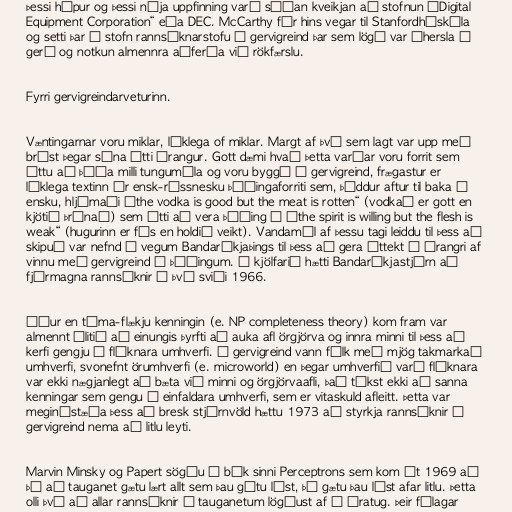
Þessi hópur og þessi nýja uppfinning varð síðan kveikjan að stofnun „Digital
Equipment Corporation“ eða DEC. McCarthy fór hins vegar til Stanfordháskóla
og setti þar á stofn rannsóknarstofu í gervigreind þar sem lögð var áhersla á
gerð og notkun almennra aðferða við rökfærslu.

Fyrri gervigreindarveturinn.

Væntingarnar voru miklar, líklega of miklar. Margt af því sem lagt var upp með
brást þegar sýna átti árangur. Gott dæmi hvað þetta varðar voru forrit sem
áttu að þýða milli tungumála og voru byggð á gervigreind, frægastur er
líklega textinn úr ensk-rússnesku þýðingaforriti sem, þýddur aftur til baka á
ensku, hljómaði „the vodka is good but the meat is rotten“ (vodkað er gott en
kjötið þránað) sem átti að vera þýðing á „the spirit is willing but the flesh is
weak“ (hugurinn er fús en holdið veikt). Vandamál af þessu tagi leiddu til þess að
skipuð var nefnd á vegum Bandaríkjaþings til þess að gera úttekt á árangri af
vinnu með gervigreind á þýðingum. Í kjölfarið hætti Bandaríkjastjórn að
fjármagna rannsóknir á því sviði 1966.

Áður en tíma-flækju kenningin (e. NP completeness theory) kom fram var
almennt álitið að einungis þyrfti að auka afl örgjörva og innra minni til þess að
kerfi gengju í flóknara umhverfi. Í gervigreind vann fólk með mjög takmarkað
umhverfi, svonefnt örumhverfi (e. microworld) en þegar umhverfið varð flóknara
var ekki nægjanlegt að bæta við minni og örgjörvaafli, það tókst ekki að sanna
kenningar sem gengu í einfaldara umhverfi, sem er vitaskuld afleitt. Þetta var
meginástæða þess að bresk stjórnvöld hættu 1973 að styrkja rannsóknir í
gervigreind nema að litlu leyti.

Marvin Minsky og Papert sögðu í bók sinni Perceptrons sem kom út 1969 að
þó að tauganet gætu lært allt sem þau gátu lýst, þá gætu þau lýst afar litlu. Þetta
olli því að allar rannsóknir á tauganetum lögðust af í áratug. Þeir félagar